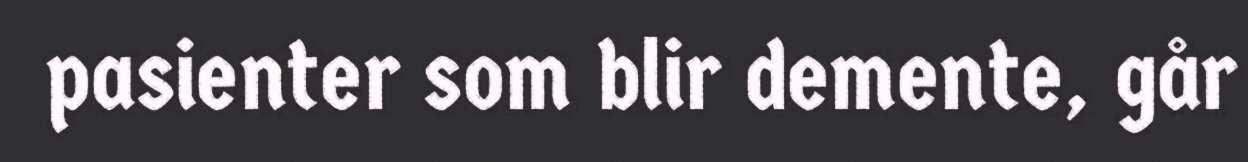
pasienter som blir demente, går